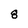
Character: 8